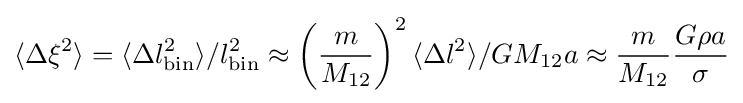
\langle \Delta \xi ^{2}\rangle =\langle \Delta l_{\rm {bin}}^{2}\rangle /l_{\rm {bin}}^{2}\approx \left({m \over M_{12}}\right)^{2}\langle \Delta l^{2}\rangle /GM_{12}a\approx {m \over M_{12}}{G\rho a \over \sigma }